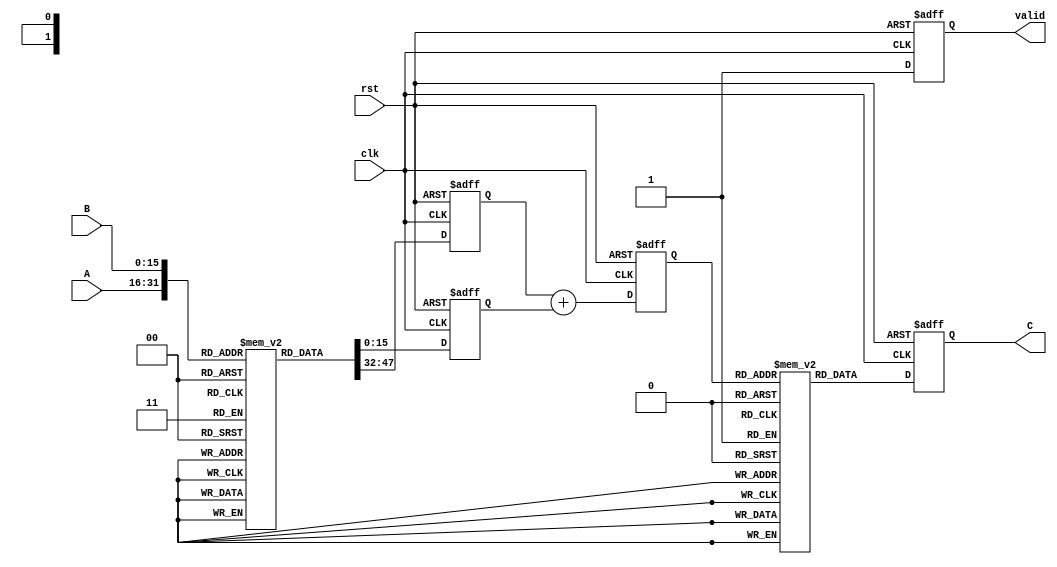
module log_multiplier (
    input wire clk,           // Clock signal
    input wire rst,           // Reset signal
    input wire [15:0] A,      // Operand A
    input wire [15:0] B,      // Operand B
    output reg [31:0] C,      // Result C = A * B
    output reg valid          // Output valid signal
);

    // Logarithmic Lookup Tables (LUTs) for conversion, assume 16-bit input
    reg [31:0] log_LUT [0:65535]; // LUT for log(A)
    reg [31:0] exp_LUT [0:65535]; // LUT for exp(log(result))

    initial begin
        // Populate your logarithmic and exponential LUTs as needed
        // Example: log_LUT[0] = 32'h00000000; // log(1) = 0
        // You would need to fill in your LUT values appropriately
    end

    // Intermediate variables
    reg [31:0] log_A;   // log(A)
    reg [31:0] log_B;   // log(B)
    reg [31:0] log_sum; // log(A) + log(B)

    // Logarithmic conversion
    always @(posedge clk or posedge rst) begin
        if (rst) begin
            log_A <= 0;
        end else begin
            log_A <= log_LUT[A]; // Convert A to log(A)
        end
    end

    always @(posedge clk or posedge rst) begin
        if (rst) begin
            log_B <= 0;
        end else begin
            log_B <= log_LUT[B]; // Convert B to log(B)
        end
    end

    // Addition of logarithmic values
    always @(posedge clk or posedge rst) begin
        if (rst) begin
            log_sum <= 0;
        end else begin
            log_sum <= log_A + log_B; // Perform addition: log(A) + log(B)
        end
    end

    // Exponential conversion
    always @(posedge clk or posedge rst) begin
        if (rst) begin
            C <= 0;
            valid <= 0;
        end else begin
            C <= exp_LUT[log_sum]; // Convert back to linear by exp(log(A) + log(B))
            valid <= 1;            // Output is valid after computation
        end
    end

endmodule